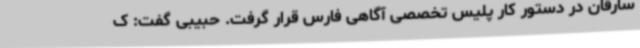
سارقان در دستور کار پلیس تخصصی آگاهی فارس قرار گرفت. حبیبی گفت: ک